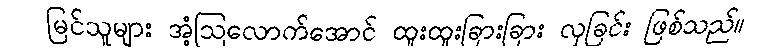
မြင်သူများ အံ့ဩလောက်အောင် ထူးထူးခြားခြား လှခြင်း ဖြစ်သည်။